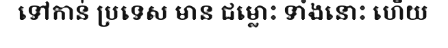
ទៅកាន់ ប្រទេស មាន ជម្លោះ ទាំងនោះ ហើយ